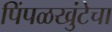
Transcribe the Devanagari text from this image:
पिंपळखुंटेचा